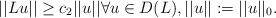
LaTeX: \begin{align*}||Lu|| \geq c_2||u|| \forall u \in D(L), ||u|| := ||u||_0.\end{align*}